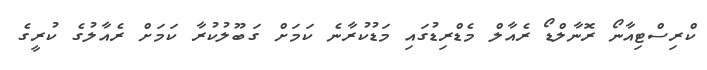
ކްރިސްޓިއާނޯ ރޮނާލްޑޯ ރެއާލް މެޑްރިޑުގައި މަޑުކުރާނެ ކަމަށް ގަބޫލުކުރާ ކަމަށް ރެއާލުގެ ކުރީގެ